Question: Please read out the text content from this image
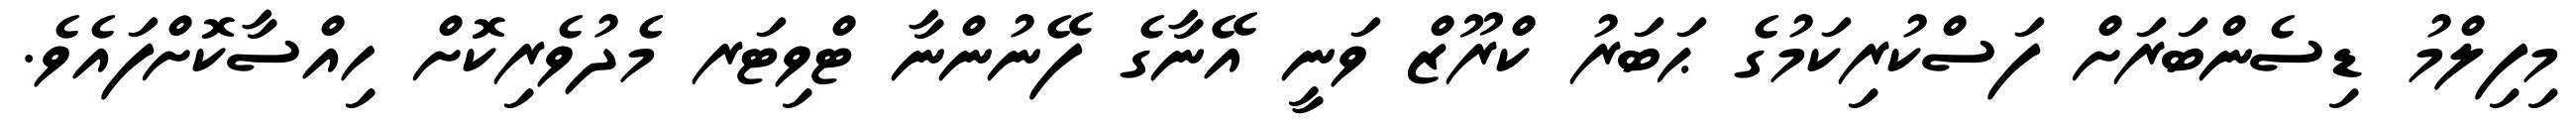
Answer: މިފިލްމު ޑިސެންބަރަށް ފަސްކުރިކަމުގެ ޙަބަރު ކްރޫޒް ވަނީ އޭނާގެ ފޭނުންނާ ޓްވިޓަރ މެދުވެރިކޮށް ހިއްސާކޮށްފައެވެ.